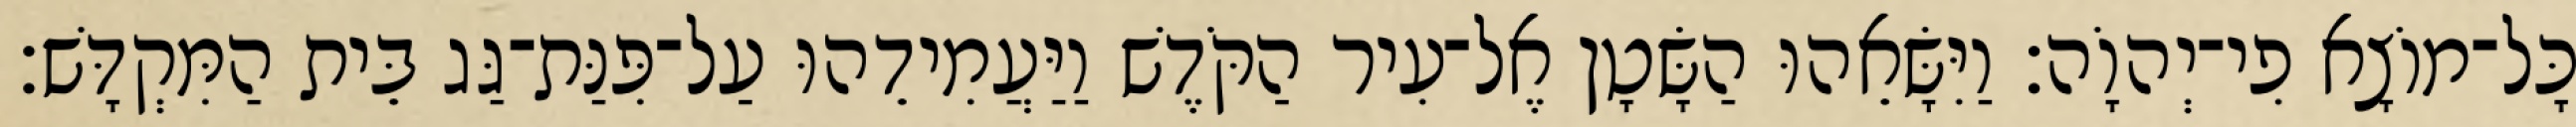
כָּל־מוֹצָא פִי־יְהוָֹה׃ וַיִּשָּׂאֵהוּ הַשָּׂטָן אֶל־עִיר הַקֹּדֶשׁ וַיַּעֲמִידֵהוּ עַל־פִּנַּת־גַּג בֵּית הַמִּקְדָּשׁ׃